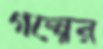
গল্পের